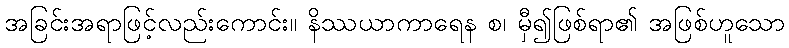
အခြင်းအရာဖြင့်လည်းကောင်း။ နိဿယာကာရေန စ၊ မှီ၍ဖြစ်ရာ၏ အဖြစ်ဟူသော